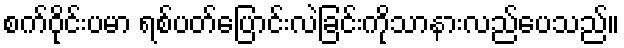
စက်ဝိုင်းပမာ ရစ်ပတ်ပြောင်းလဲခြင်းကိုသာနားလည်ပေသည်။